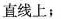
直线上；